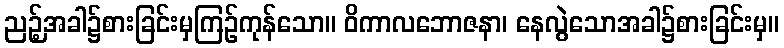
ညဉ့်အခါ၌စားခြင်းမှကြဉ်ကုန်သော။ ဝိကာလဘောဇနာ၊ နေလွဲသောအခါ၌စားခြင်းမှ။